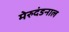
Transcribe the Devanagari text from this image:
मेरुदंडनाल